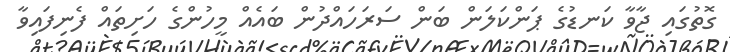
ގޮތުގައި ޖާވާ ކަނޑުގެ ޕަންކަލަން ބަން ސަރަހައްދުން ބައެއް މީހުންގެ ހަށިތައް ފެނިފައިވާ